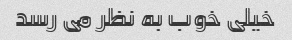
خیلی خوب به نظر می رسد